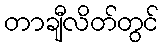
တာချီလိတ်တွင်